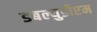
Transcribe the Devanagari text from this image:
डबल्युडीएम